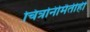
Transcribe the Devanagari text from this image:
चित्रनिर्मितीही